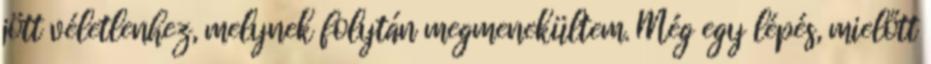
jött véletlenhez, melynek folytán megmenekültem. Még egy lépés, mielőtt